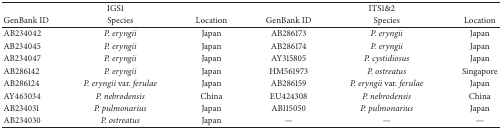
<table><thead><tr><td colspan="3"><b>IGS1</b></td><td colspan="3"><b>ITS1&amp;2</b></td></tr><tr><td><b>GenBank ID</b></td><td><b>Species</b></td><td><b>Location</b></td><td><b>GenBank ID</b></td><td><b>Species</b></td><td><b>Location</b></td></tr></thead><tbody><tr><td>AB234042</td><td><i>P. eryngii </i></td><td>Japan</td><td>AB286173</td><td><i>P. eryngii </i></td><td>Japan</td></tr><tr><td>AB234045</td><td><i>P. eryngii </i></td><td>Japan</td><td>AB286174</td><td><i>P. eryngii </i></td><td>Japan</td></tr><tr><td>AB234047</td><td><i>P. eryngii </i></td><td>Japan</td><td>AY315805</td><td><i>P. cystidiosus </i></td><td>Japan</td></tr><tr><td>AB286142</td><td><i>P. eryngii </i></td><td>Japan</td><td>HM561973</td><td><i>P. ostreatus </i></td><td>Singapore</td></tr><tr><td>AB286124</td><td><i>P. eryngii </i>var. <i>ferulae </i></td><td>Japan</td><td>AB286159</td><td><i>P. eryngii </i>var. <i>ferulae </i></td><td>Japan</td></tr><tr><td>AY463034</td><td><i>P. nebrodensis </i></td><td>China</td><td>EU424308</td><td><i>P. nebrodensis </i></td><td>China</td></tr><tr><td>AB234031</td><td><i>P. pulmonarius </i></td><td>Japan</td><td>AB115050</td><td><i>P. pulmonarius </i></td><td>Japan</td></tr><tr><td>AB234030</td><td><i>P. ostreatus </i></td><td>Japan</td><td>—</td><td>—</td><td>—</td></tr></tbody></table>